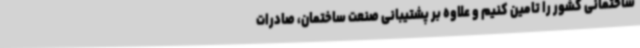
ساختمانی کشور را تامین کنیم و علاوه بر پشتیبانی صنعت ساختمان، صادرات